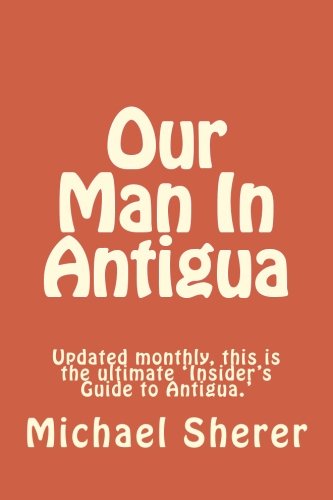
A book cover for Our Man In Antigua: Second Edition; Michael Sherer; Travel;